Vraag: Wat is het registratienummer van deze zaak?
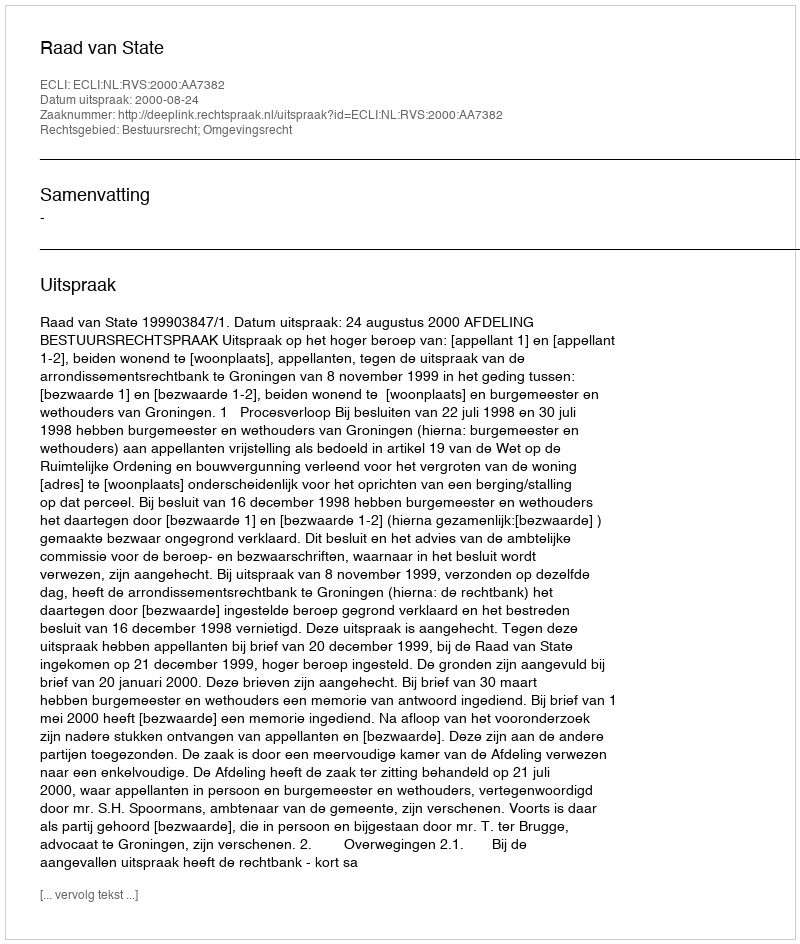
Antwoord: http://deeplink.rechtspraak.nl/uitspraak?id=ECLI:NL:RVS:2000:AA7382